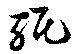
軝